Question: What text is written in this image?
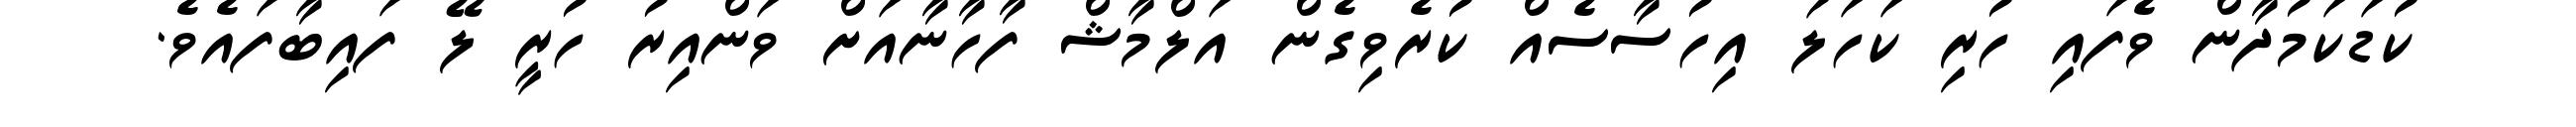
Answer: ކުޑަކަމުދާން ވެފައި ހުރި ކަހަލަ އިހުސާސެއް ކުރެވިގެން އަލްމާޝް ފާހާނާއަށް ވަންއިރު ހުރީ ލޭ ފައިބާފައެވެ.